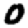
Digit: 0